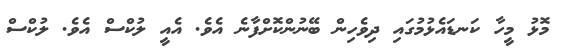
މޮޅު މީހާ ކަނޑައެޅުމުގައި ދިވެހިން ބޭނުންކޮށްފާނެ އެވެ. އެއީ ލުކްސް އެވެ. ލުކްސް